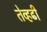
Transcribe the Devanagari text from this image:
तेव्हढी